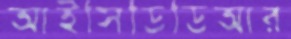
আইসিডিডিআর